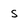
Character: s